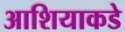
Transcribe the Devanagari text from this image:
आशियाकडे